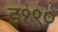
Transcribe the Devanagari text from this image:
इ१९०